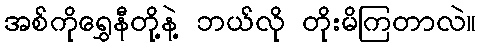
အစ်ကိုရွှေနီတို့နဲ့ ဘယ်လို တိုးမိကြတာလဲ။